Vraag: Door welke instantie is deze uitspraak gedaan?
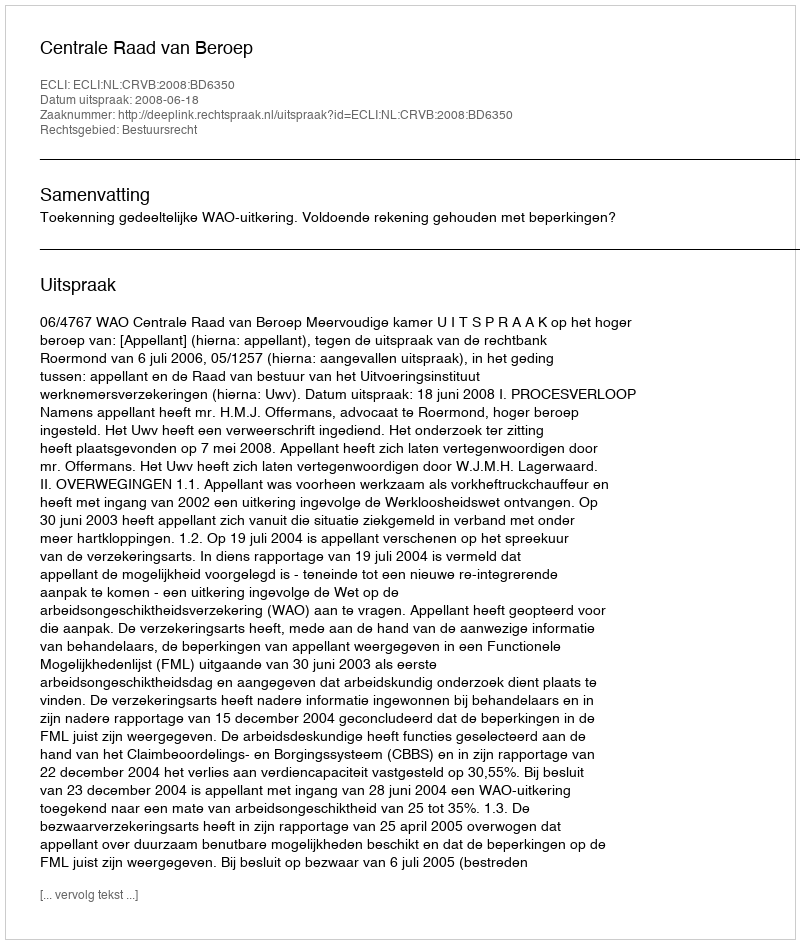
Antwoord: Centrale Raad van Beroep